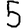
Digit: 5